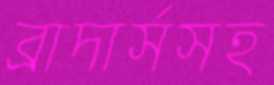
ব্রাদার্সসহ